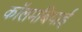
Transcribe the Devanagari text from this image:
कॉलमबियाई